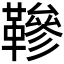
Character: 𩌰